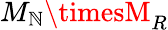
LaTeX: M_{\mathbb{N}}\timesM_{R}